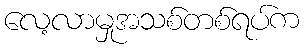
လေ့လာမှုအသစ်တစ်ရပ်က